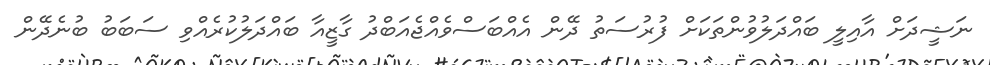
ނަޝީދަށް އާއިލީ ބައްދަލުވުންތަކަށް ފުރުސަތު ދޭން އެއްބަސްވެއްޖެއަބްދު ގާޒީއާ ބައްދަލުކުރެއްވި ސަބަބު ބުނެދޭން